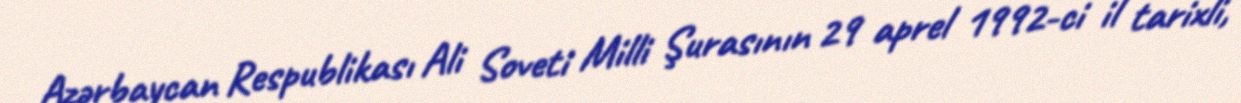
Azərbaycan Respublikası Ali Soveti Milli Şurasının 29 aprel 1992-ci il tarixli,